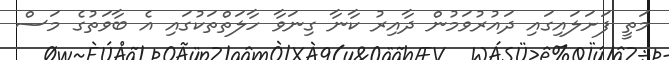
މަތީ ފަށަލައިގައި ދައުރުވަމުން ދާއިރު ކާނާ ގިނަވާ ހާލަތްތަކުގައި އެ ބާވަތުގެ މަސް